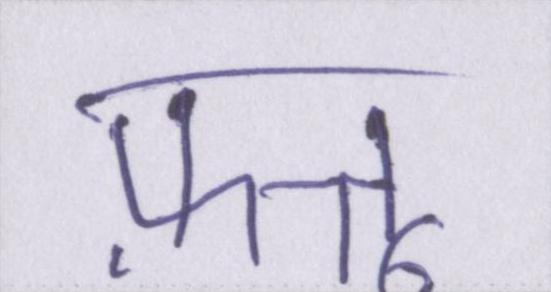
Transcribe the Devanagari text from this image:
फ़त्तू